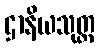
ဌာနိယသုတ္တ